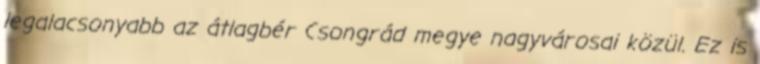
legalacsonyabb az átlagbér Csongrád megye nagyvárosai közül. Ez is